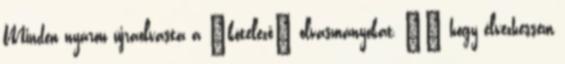
Minden nyáron újraolvasta a „kötelező” olvasmányokat, „’ hogy élvezhessem